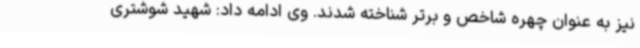
نیز به عنوان چهره شاخص و برتر شناخته شدند. وی ادامه داد: شهید شوشتری